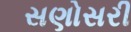
સણોસરી